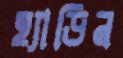
হ্যাডিন